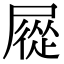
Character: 㞞